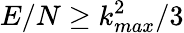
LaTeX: E/N\geq k_{max}^{2}/3